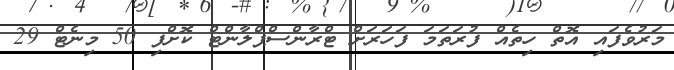
މަރުވެފައި އޮތް ހިތެއް ފުރަތަމަ ފަހަރަށް ޓްރާންސްޕްލާންޓް ކޮށްފި 50 މިނެޓް 29